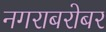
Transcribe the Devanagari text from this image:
नगराबरोबर